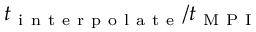
t _ { \mathrm { ~ i ~ n ~ t ~ e ~ r ~ p ~ o ~ l ~ a ~ t ~ e ~ } } / t _ { \mathrm { ~ M ~ P ~ I ~ } }